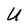
Character: U